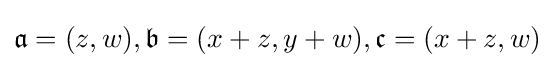
{\mathfrak {a}}=(z,w),{\mathfrak {b}}=(x+z,y+w),{\mathfrak {c}}=(x+z,w)